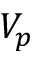
V _ { p }